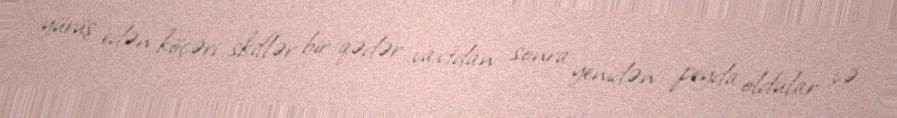
yürüş edən köçəri skiflər bir qədər vaxtdan sonra yenidən peyda oldular və